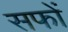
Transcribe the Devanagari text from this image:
सफों